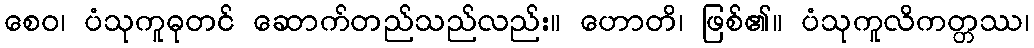
စေဝ၊ ပံသုကူဓုတင် ဆောက်တည်သည်လည်း။ ဟောတိ၊ ဖြစ်၏။ ပံသုကူလိကတ္တဿ၊